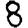
Digit: 8